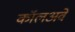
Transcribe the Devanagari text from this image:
कॉलअवे